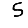
Digit: 5